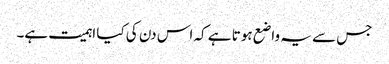
جس سے یہ واضع ہوتا ہے کہ اس دن کی کیا اہمیت ہے۔